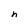
Character: n